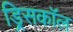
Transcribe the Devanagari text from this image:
ड्रिसकॉल